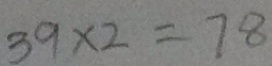
3 9 \times 2 = 7 8